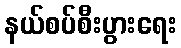
နယ်စပ်စီးပွားရေး